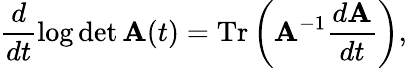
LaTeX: \frac d{dt}\log\operatorname*{det}{\mathbf A}(t)=\mathrm{T}\mathrm{r}\left({\mathbf A}^{-1}\frac{d{\mathbf A}}{dt}\right),